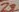
Text: Z3